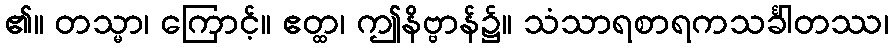
၏။ တသ္မာ၊ ကြောင့်။ ဧတ္ထ၊ ဤနိဗ္ဗာန်၌။ သံသာရစာရကသင်္ခါတဿ၊